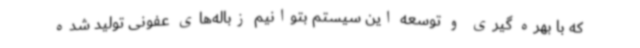
که با بهره گیری و توسعه این سیستم بتوانیم زباله‌های عفونی تولید شده